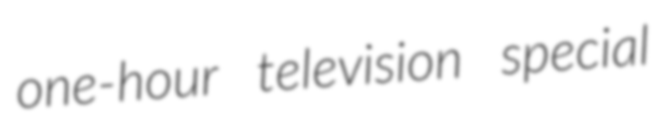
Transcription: one-hour television special